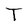
Character: T